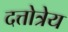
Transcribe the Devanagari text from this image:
दत्तोत्रेय